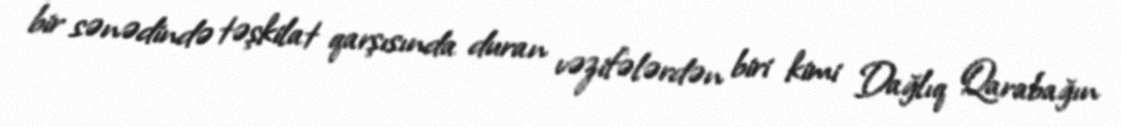
bir sənədində təşkilat qarşısında duran vəzifələrdən biri kimi Dağlıq Qarabağın